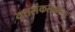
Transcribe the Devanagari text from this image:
वृत्तसंकलकांना